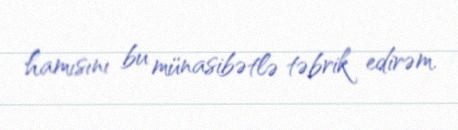
hamısını bu münasibətlə təbrik edirəm.